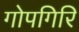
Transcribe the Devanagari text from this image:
गोपगिरि